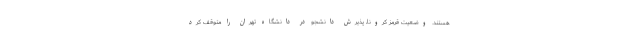
هستند. وضعیت قرمز کرونا، پذیرش دانشجو در دانشگاه تهران را متوقف کرد